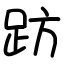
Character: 趽